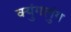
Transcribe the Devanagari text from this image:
क्युंगलुंग